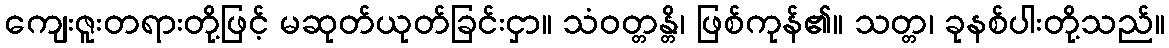
ကျေးဇူးတရားတို့ဖြင့် မဆုတ်ယုတ်ခြင်းငှာ။ သံဝတ္တန္တိ၊ ဖြစ်ကုန်၏။ သတ္တ၊ ခုနစ်ပါးတို့သည်။